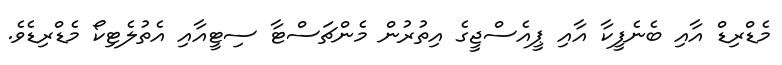
މެޑްރިޑް އާއި ބެނެފީކާ އާއި ޕީއެސްޖީގެ އިތުރުން މެންޗަސްޓާ ސިޓީއާއި އެތުލެޓިކޯ މެޑްރިޑެވެ.